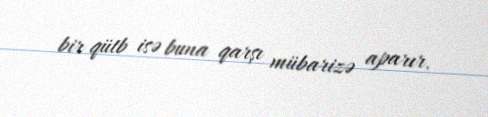
bir qütb isə buna qarşı mübarizə aparır.